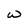
Character: w